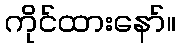
ကိုင်ထားနော်။